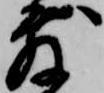
敷